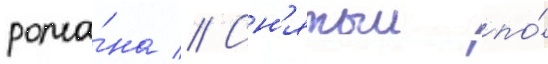
рома́на // Сн'ятыи по́